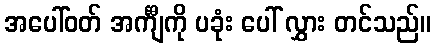
အပေါ်ဝတ် အင်္ကျီကို ပခုံး ပေါ် လွှား တင်သည်။